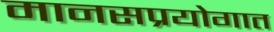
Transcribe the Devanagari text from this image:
मानसप्रयोगात